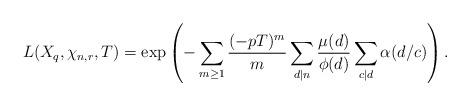
LaTeX: \begin{align*}L(X_q,\chi_{n,r},T)=\exp\left(-\sum_{m\geq 1} \frac{(-pT)^m}{m}\sum_{d \mid n}\frac{\mu(d)}{\phi(d)}\sum_{c \mid d}\alpha(d/c)\right).\end{align*}